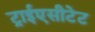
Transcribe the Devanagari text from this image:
ट्राईएसीटेट